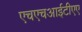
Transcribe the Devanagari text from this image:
एचएचआईटीएए